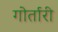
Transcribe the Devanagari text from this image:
गोर्तारी